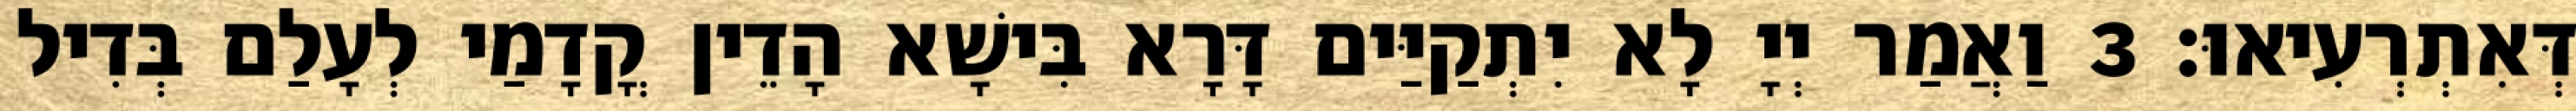
דְּאִתְרְעִיאוּ׃ 3 וַאֲמַר יְיָ לָא יִתְקַיַּים דָּרָא בִּישָׁא הָדֵין קֳדָמַי לְעָלַם בְּדִיל